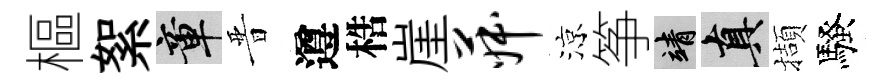
樞絮章晋遵梏崖菽涼筝靖真擷騷